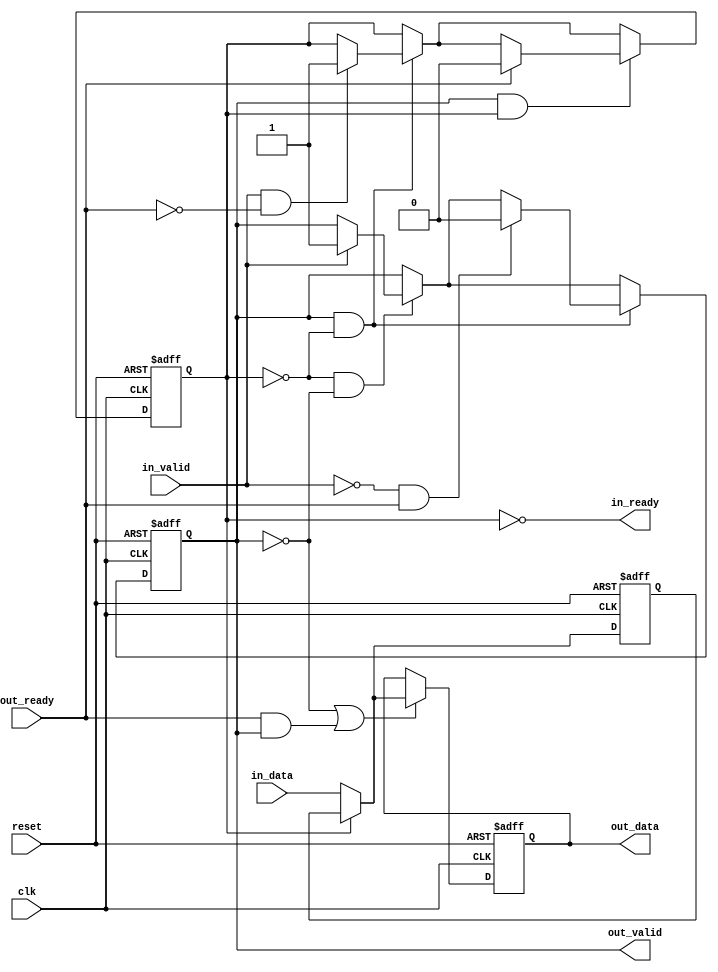
// Copyright 2009 Altera Corporation. All rights reserved.  
// Your use of Altera Corporation's design tools, logic functions and other software and tools, and its AMPP partner logic 
// functions, and any output files any of the foregoing (including device programming or simulation files), and any associated 
// documentation or information are expressly subject to the terms and conditions of the Altera Program License Subscription 
// Agreement, Altera MegaCore Function License Agreement, or other applicable license agreement, including, without limitation, 
// that your use is for the sole purpose of programming logic devices manufactured by Altera and sold by Altera or its authorized 
// distributors.  Please refer to the applicable agreement for further details.



`timescale 1ns / 1ns

module ddr2_v10_1_altera_avalon_st_pipeline_base (
                                 clk,
                                 reset,
                                 in_ready,
                                 in_valid,
                                 in_data,
                                 out_ready,
                                 out_valid,
                                 out_data
                                );

    parameter  SYMBOLS_PER_BEAT  = 1;
    parameter  BITS_PER_SYMBOL   = 8;
    parameter  PIPELINE_READY    = 1;
    localparam DATA_WIDTH = SYMBOLS_PER_BEAT * BITS_PER_SYMBOL;
                              
    input clk;
    input reset;
   
    output in_ready;
    input  in_valid;
    input [DATA_WIDTH-1:0] in_data;
   
    input  out_ready;
    output out_valid;
    output [DATA_WIDTH-1:0] out_data;
   
    reg full0;
    reg full1;
    reg [DATA_WIDTH-1:0] data0;
    reg [DATA_WIDTH-1:0] data1;

    assign out_valid = full1;
    assign out_data  = data1;    
    
	generate if (PIPELINE_READY == 1) 
		begin : REGISTERED_READY_PLINE
        
            assign in_ready  = !full0;

            always @(posedge clk, posedge reset) begin
                if (reset) begin
                    data0 <= 1'b0;
                    data1 <= 1'b0;
                end else begin
                    if (~full0)
                        data0 <= in_data;
                    if (~full1 || (out_ready && out_valid)) begin
                        if (full0)
                            data1 <= data0;
                        else
                            data1 <= in_data;
                    end
                end
            end
           
            always @(posedge clk or posedge reset) begin
                if (reset) begin
                    full0    <= 1'b0;
                    full1    <= 1'b0;
                end else begin
                    if (~full0 & ~full1) begin
                        if (in_valid) begin
                            full1 <= 1'b1;
                        end
                    end // ~f1 & ~f0

                    if (full1 & ~full0) begin
                        if (in_valid & ~out_ready) begin
                            full0 <= 1'b1;
                        end
                        if (~in_valid & out_ready) begin
                            full1 <= 1'b0;
                        end
                    end // f1 & ~f0
                
                    if (full1 & full0) begin
                        if (out_ready) begin
                            full0 <= 1'b0;
                        end
                    end // end go back to one datum stage
                end
            end

		end 
	else 
		begin : UNREGISTERED_READY_PLINE
		    
			assign in_ready = (~full1) | out_ready;
			
			always @(posedge clk or posedge reset) begin
			    if (reset) begin
				    data1 <= 'b0;
					full1 <= 1'b0;
				end
				else begin
				    if (in_ready) begin
					    data1 <= in_data;
						full1 <= in_valid;
					end
				end
			end
		
		end
	endgenerate
            
            
endmodule